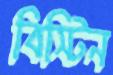
বিস্টিন